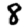
Digit: 8